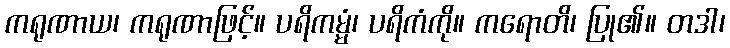
ကရုဏာယ၊ ကရုဏာဖြင့်။ ပရိကမ္မံ၊ ပရိကံကို။ ကရောတိ၊ ပြု၏။ တဒါ၊